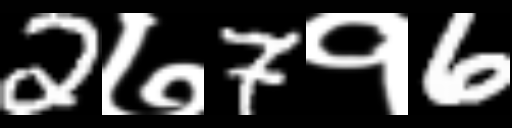
Text: 2७7१6